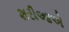
શરીઆએ